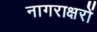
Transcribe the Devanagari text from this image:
नागराक्षरों